Vaccination report Assam 1896-1927 - 1896-1927
Year: 1896
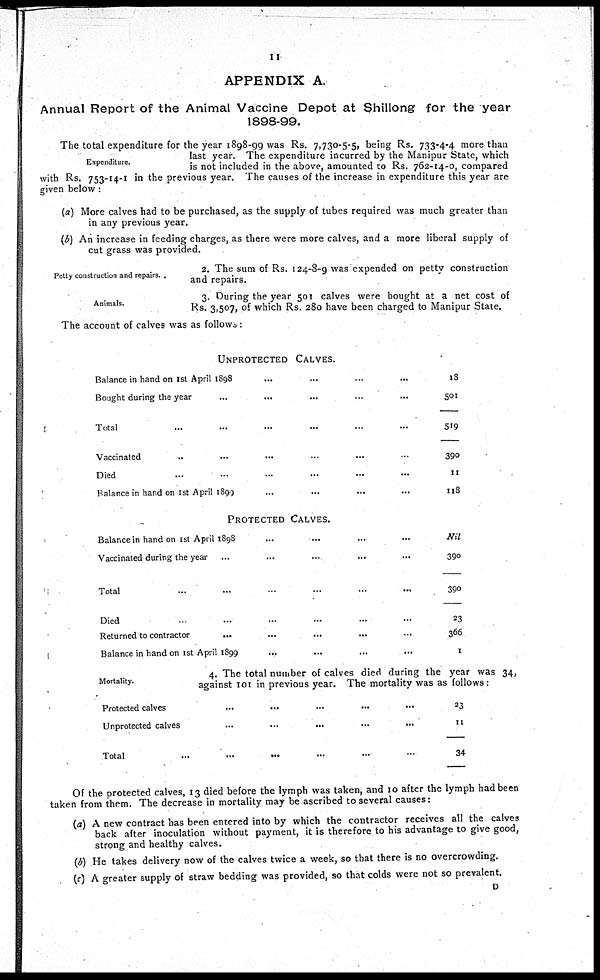
11
APPENDIX A.
Annual Report of the Animal Vaccine Depot at Shillong for the year
1898-99.
Expenditure.
The total expenditure for the year 1898-99 was Rs. 7,730-5-5, being Rs. 733-4-4 more than
last year. The expenditure incurred by the Manipur State, which
is not included in the above, amounted to Rs. 762-14-0, compared
with Rs. 753-14-1 in the previous year. The causes of the increase in expenditure this year are
given below:
(a) More calves had to be purchased, as the supply of tubes required was much greater than
in any previous year.
(b) An increase in feeding charges, as there were more calves, and a more liberal supply of
cut grass was provided.
Petty construction and repairs.
2. The sum of Rs. 124-8-9 was expended on petty construction
and repairs.
Animals.
3. During the year 501 calves were bought at a net cost of
Rs. 3,507, of which Rs. 280 have been charged to Manipur State.
The account of calves was as follows:
UNPROTECTED CALVES.
Balance in hand on 1st April
1898...
...
...
...
...
Bought during the year... ...
Total...
Vaccinated...
Died...
Balance in hand on 1st April 1899... ... ...
PROTECTED CALVES.
Balance in hand on 1st April 1898...
Vaccinated during the year... ...
Total...
Died...
Returned to contractor...
Balance in hand on 1st April 1899...
Mortality.
13
501
519
390
11
118
Nil
390
390
23
366
1
4. The total number of calves died during the
against 101 in previous year. The mortality was as follows:
year was 34
as follows:
Protected
calves...
...
...
...
...
Unprotected
calves...
...
...
...
...
Total...
...
...
23
11
34
Of the protected calves, 13 died before the lymph was taken, and 10 after the lymph had been
taken from them. The decrease in mortality may be ascribed to several causes:
(a) A new contract has been entered into by which the contractor receives all the calves
back after inoculation without payment, it is therefore to his advantage to give good,
strong and healthy calves.
(b) He takes delivery now of the calves twice a week, so that there is no overcrowding.
(c) A greater supply of straw bedding was provided, so that colds were not so prevalent.
D